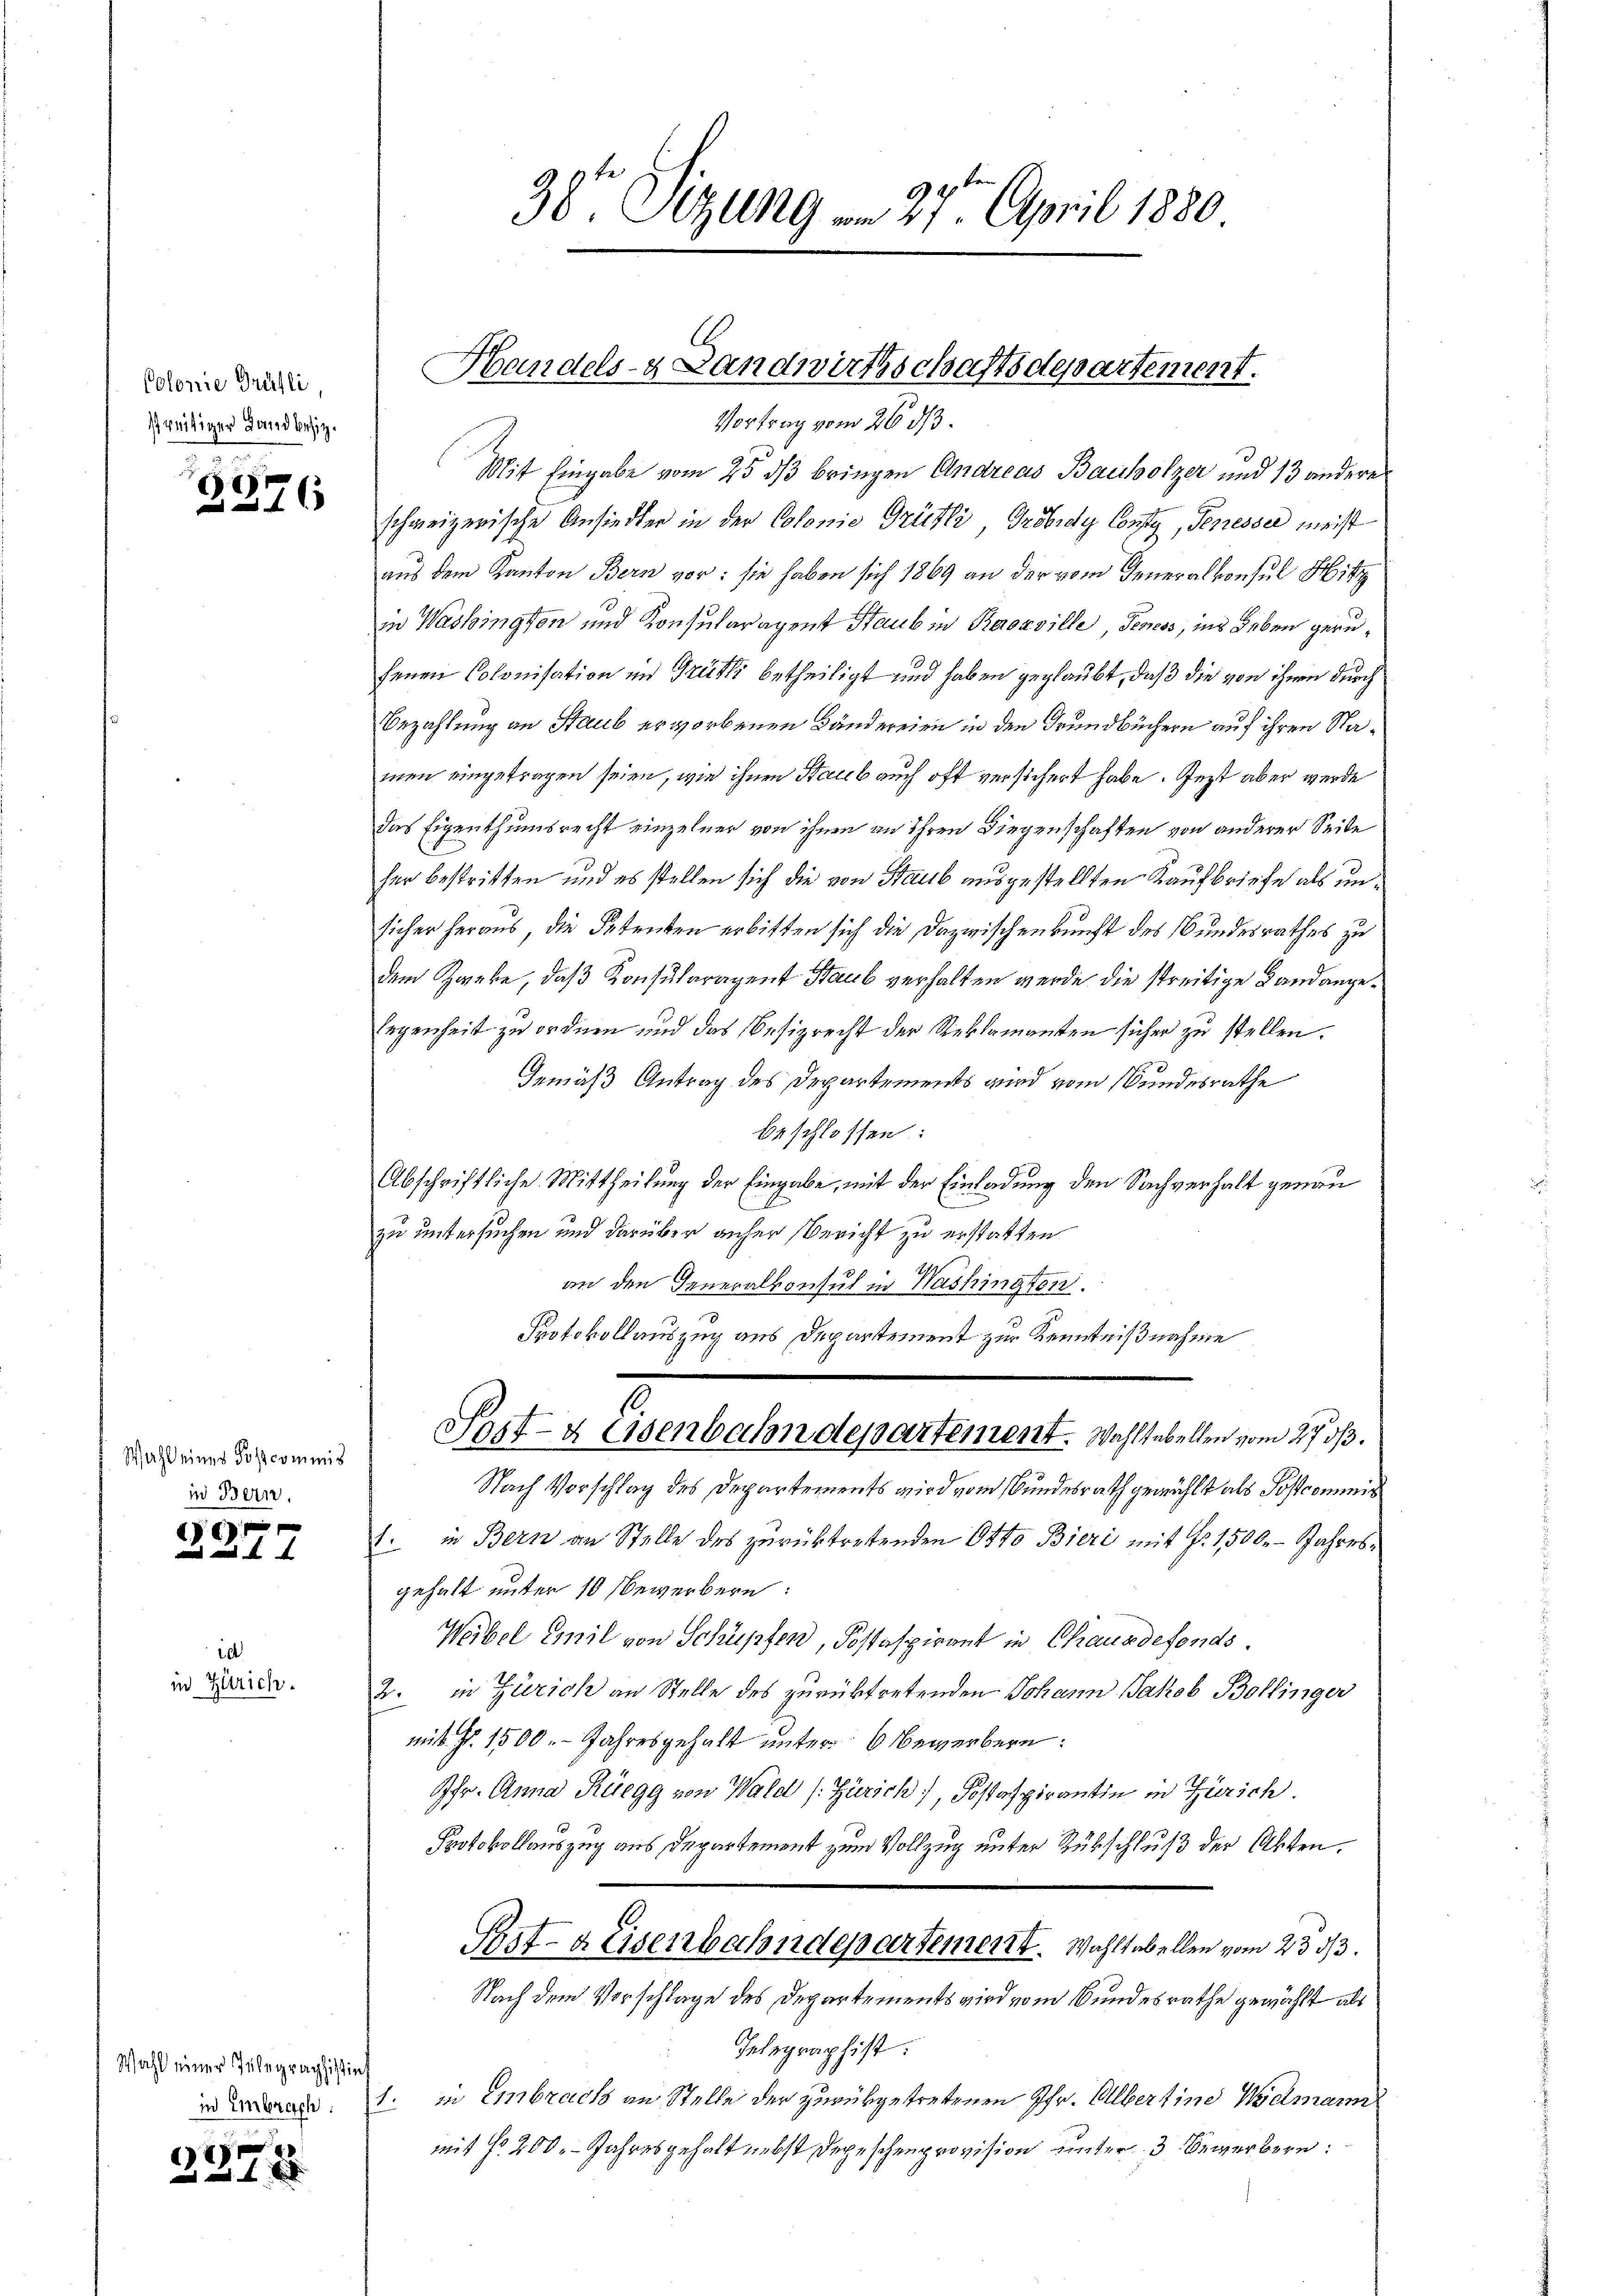
Colonie Grüsli,
streitiger Landbesitz.

3376

Wahl eines Postcommis
in Bern,

ic

in Zürich.

Wahl einer Telegraphistin

77

Mit Eingabe vom 25. ds bringen Andreas Bauholzer und 13 anderes
schweizerische Ansiedler in der Colonie Grütli, Grobrdy Conty, Pepresser meist
aus dem Kanton Bern vor: sie haben sich 1869 an der vom Generalkonsul Hitz
in Washington und Konsularagent Staub in Beorville, Geness, ins Leben gerufenen Colonisation im Grütli betheiligt und haben geglaubt, daß die von ihnen durch
Bezahlung an Staub erworbenen Bändereien in den Grundbüchern auf ihren Namen eingetragen seien, wie ihnen Staub auch oft versichert habe. Jezt aber werde
das Eigenthumsrecht einzelner von ihnen an ihren Liegenschaften von anderer Seite
her bestritten und es stellen sich die von Staub ausgestellten Kaufbriefe als unsicher heraus, die Petenten erbitten sich die Dazwischenkunft des Bundesrathes zu
dem Zweke, daß Konsularagent Staub verhalten werde die streitige Landange¬
Eegenheit zu ordnen und das Besizrecht der Reklamanten sicher zu stellen.
Gemäß Antrag des Departements wird vom Bundesrathe
beschlossen:
Abschriftliche Mittheilung der Eingabe, mit der Einladung den Sachverhalt genau
zu untersuchen und darüber anher Bericht zu erstatten
1
an den Generalkonsul in nashington.
Protokollauszug aus Departement zur Kenntnißnahme
7
Post- & Eisenbahndepartement. Wahltabellen vom 27. ds.
Nach Vorschlag des Departements wird vom Bundesrath gewählt als Postcommis
1. in Bern an Stelle des zurücktretenden Otto Bieri mit No. 1500. Jahresgehalt unter 10 bewerbern:
Weibel Conil von Schüpfen, Postaspirant in Chausdefonds.
2. in Zürich an Stelle des zurücktretenden Johann Jakob Bollinger
mit Fr. 1500. Jahresgehalt unter 6 Bewerbern:
fr. Anna Rüegg von Wald (Zürich), Jostspirantin in Zürich.
Protokollauszug aus Departement zum Vollzug unter Rükschluß der Akten.
S.
Post-Keisenbahndepartement. Wahltabellen vom 23 3/3.
Nach dem Vorschlage des Departements wird vom Bundesrathe gewählt als
Gelegraphist.
i a. 1. in Embrach an Stelle der zurükgetretenen Pfr. Albertine Widmann
mit No 200. Jahresgehalt nebst Depeschenprovision unter 3 Bewerbern:

38te Sitzung am 27t April 1880

Handels- Landwirtschaftsdepartement.
Vortrag vom 26. ds.